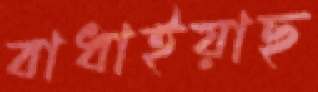
বাধাইয়াছ